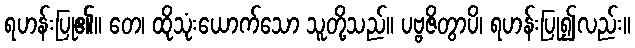
ရဟန်းပြု၏။ တေ၊ ထိုသုံးယောက်သော သူတို့သည်။ ပဗ္ဗဇိတွာပိ၊ ရဟန်းပြု၍လည်း။